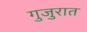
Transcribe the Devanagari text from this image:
गुजुरात